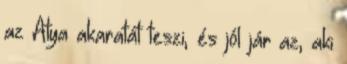
az Atya akaratát teszi, és jól jár az, aki